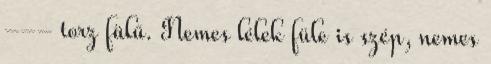
--- torz fülű. Nemes lélek füle is szép, nemes